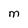
Character: M